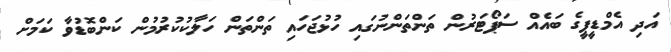
އަދި އެމްޑީޕީގެ ބައެއް ސަޕޯޓަރުން ތަންތަންނުގައި ހުޅުޖަހައި ތަންތަން ހަލާކުކުރުމުން ކަންބޮޑުވާ ކަމަށް